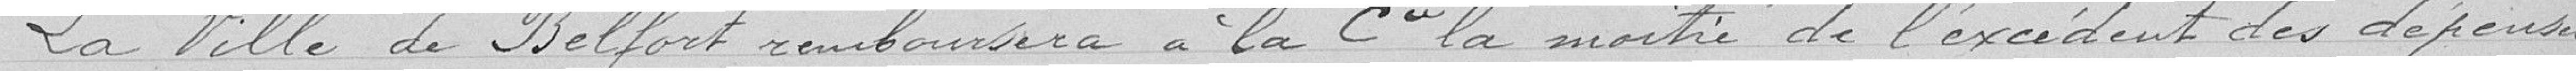
La Ville de Belfort remboursera à la Cie la moitié de l'excédent des dépenses